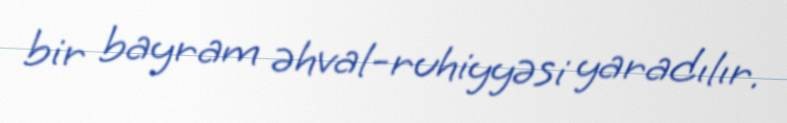
bir bayram əhval-ruhiyyəsi yaradılır.